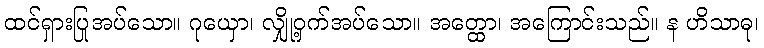
ထင်ရှားပြုအပ်သော။ ဂုယှော၊ လျှို့ဝှက်အပ်သော။ အတ္ထော၊ အကြောင်းသည်။ န ဟိသာဓု၊